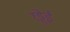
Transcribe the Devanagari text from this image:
रड्डेई